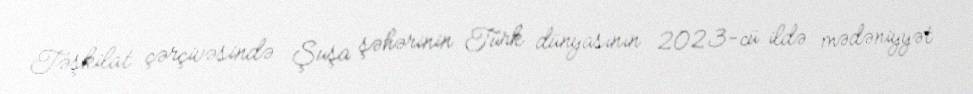
Təşkilat çərçivəsində Şuşa şəhərinin Türk dünyasının 2023-cü ildə mədəniyyət